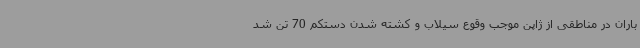
باران در مناطقی از ژاپن موجب وقوع سیلاب و کشته شدن دستکم 70 تن شد